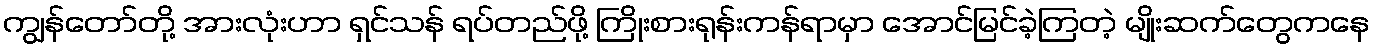
ကျွန်တော်တို့ အားလုံးဟာ ရှင်သန် ရပ်တည်ဖို့ ကြိုးစားရုန်းကန်ရာမှာ အောင်မြင်ခဲ့ကြတဲ့ မျိုးဆက်တွေကနေ